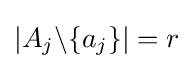
|A_{j}\backslash \{a_{j}\}|=r